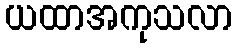
ယထာအကုသလာ